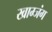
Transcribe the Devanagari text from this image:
खाम्जंग